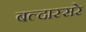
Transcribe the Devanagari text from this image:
बल्दास्सरे